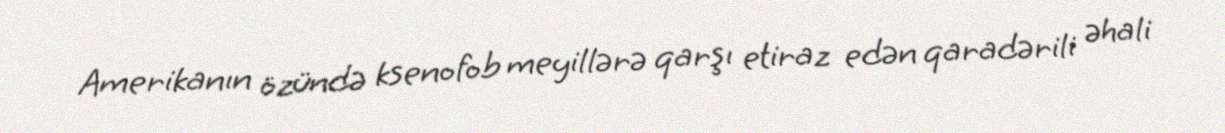
Amerikanın özündə ksenofob meyillərə qarşı etiraz edən qaradərili əhali